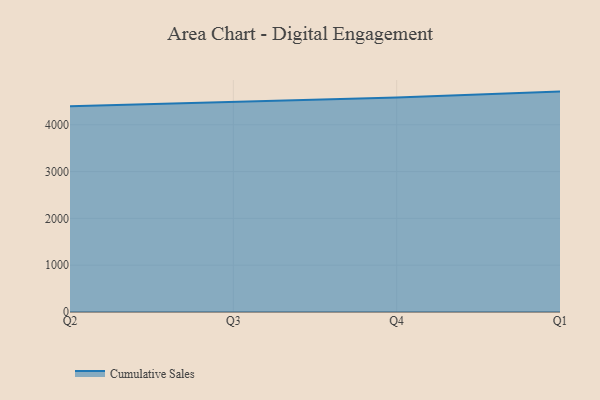
{"axis": {"x": "Quarter", "y": "Population (Million)"}, "legend": ["Cumulative Sales"], "data": [{"x": "Q2", "y": 4393.1, "type": "Cumulative Sales"}, {"x": "Q3", "y": 4494.1, "type": "Cumulative Sales"}, {"x": "Q4", "y": 4580.7, "type": "Cumulative Sales"}, {"x": "Q1", "y": 4708.1, "type": "Cumulative Sales"}]}